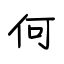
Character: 何